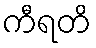
ကီရတိ